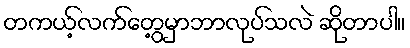
တကယ့်လက်တွေ့မှာဘာလုပ်သလဲ ဆိုတာပါ။